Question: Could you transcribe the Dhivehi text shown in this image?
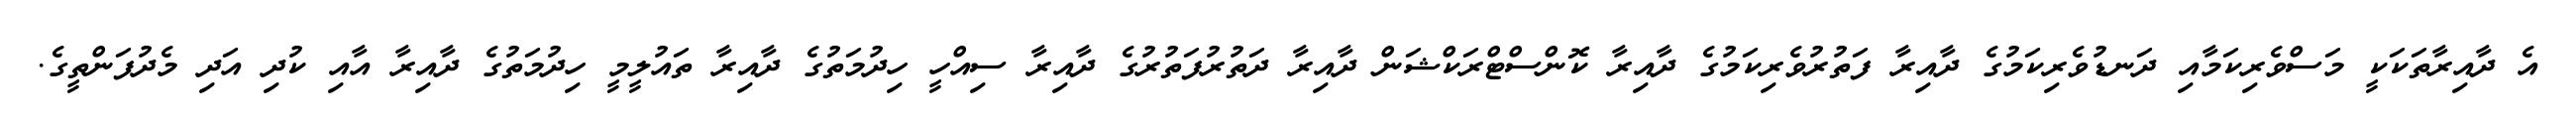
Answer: އެ ދާއިރާތަކަކީ މަސްވެރިކަމާއި ދަނޑުވެރިކަމުގެ ދާއިރާ ފަތުރުވެރިކަމުގެ ދާއިރާ ކޮންސްޓްރަކްޝަން ދާއިރާ ދަތުރުފަތުރުގެ ދާއިރާ ސިއްހީ ހިދުމަތުގެ ދާއިރާ ތައުލީމީ ހިދުމަތުގެ ދާއިރާ އާއި ކުދި އަދި މެދުފަންތީގެ.